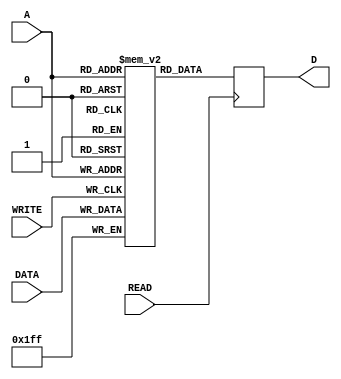
// The memory for the CPU (and the program as well)


module memory(input READ, input WRITE, input wire [8:0] DATA, input wire [5:0] A, output reg [8:0] D);
   reg [8:0] M[63:0]; // 64 words x 9 bits per word

   always @(posedge READ) begin
	  D[8:0] = M[A[5:0]][8:0];
   end

   // Assuming READ and WRITE are not asserted at the same time
   always @(posedge WRITE) begin
	  M[A[5:0]][8:0] = DATA[8:0];
   end

   // The initial value of the memory contains the entire program
   // Data and instructions stored in the same memory makes
   // the program quite confusing. It gets more interesting when
   // writing to memory is involved as well

   // The existing program computes successive terms of the Fibonacci Series
   // Observe the value of ACOUT[8:0] (the accumulator output) at every 3rd high WRITE signal
   initial begin
	  M[00][8:0] = 9'b010001100;// clear AC to 0 by ANDing with 0
	  M[01][8:0] = 9'b000001010;// load f(n-1) in AC
	  M[02][8:0] = 9'b111001001;// write AC, f(n-1) to f(n-2)
	  M[03][8:0] = 9'b010001100;// clear AC to 0 using AND again
	  M[04][8:0] = 9'b000001011;// load f(n) in AC
	  M[05][8:0] = 9'b111001010;// write AC, f(n) to f(n-1)
	  M[06][8:0] = 9'b000001001;// add f(n-1) to AC to get f(n+1)
	  M[07][8:0] = 9'b111001011;// write AC, f(n+1) to f(n)
	  M[08][8:0] = 9'b100000000;// jump back to instruction 00
	  M[09][8:0] = 9'b000000000;// memory f(n-2), initially f(0) = 0
	  M[10][8:0] = 9'b000000001;// memory f(n-1), initially f(1) = 1
	  M[11][8:0] = 9'b000000001;// memory f(n), initially n = 2, f(2) = 1
	  M[12][8:0] = 9'b000000000;// memory 0 for clearing AC using AND
	  M[13][8:0] = 9'b000000000;
	  M[14][8:0] = 9'b000000000;
	  M[15][8:0] = 9'b000000000;
	  M[16][8:0] = 9'b000000000;
	  M[17][8:0] = 9'b000000000;
	  M[18][8:0] = 9'b000000000;
	  M[19][8:0] = 9'b000000000;
	  M[20][8:0] = 9'b000000000;
	  M[21][8:0] = 9'b000000000;
	  M[22][8:0] = 9'b000000000;
	  M[23][8:0] = 9'b000000000;
	  M[24][8:0] = 9'b000000000;
	  M[25][8:0] = 9'b000000000;
	  M[26][8:0] = 9'b000000000;
	  M[27][8:0] = 9'b000000000;
	  M[28][8:0] = 9'b000000000;
	  M[29][8:0] = 9'b000000000;
	  M[30][8:0] = 9'b000000000;
	  M[31][8:0] = 9'b000000000;
	  M[32][8:0] = 9'b000000000;
	  M[33][8:0] = 9'b000000000;
	  M[34][8:0] = 9'b000000000;
	  M[35][8:0] = 9'b000000000;
	  M[36][8:0] = 9'b000000000;
	  M[37][8:0] = 9'b000000000;
	  M[38][8:0] = 9'b000000000;
	  M[39][8:0] = 9'b000000000;
	  M[40][8:0] = 9'b000000000;
	  M[41][8:0] = 9'b000000000;
	  M[42][8:0] = 9'b000000000;
	  M[43][8:0] = 9'b000000000;
	  M[44][8:0] = 9'b000000000;
	  M[45][8:0] = 9'b000000000;
	  M[46][8:0] = 9'b000000000;
	  M[47][8:0] = 9'b000000000;
	  M[48][8:0] = 9'b000000000;
	  M[49][8:0] = 9'b000000000;
	  M[50][8:0] = 9'b000000000;
	  M[51][8:0] = 9'b000000000;
	  M[52][8:0] = 9'b000000000;
	  M[53][8:0] = 9'b000000000;
	  M[54][8:0] = 9'b000000000;
	  M[55][8:0] = 9'b000000000;
	  M[56][8:0] = 9'b000000000;
	  M[57][8:0] = 9'b000000000;
	  M[58][8:0] = 9'b000000000;
	  M[59][8:0] = 9'b000000000;
	  M[60][8:0] = 9'b000000000;
	  M[61][8:0] = 9'b000000000;
	  M[62][8:0] = 9'b000000000;
	  M[63][8:0] = 9'b000000000;
   end
endmodule // memory